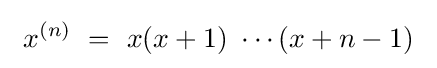
\ x^{(n)}\ =\ x(x+1)\ \cdots (x+n-1)\